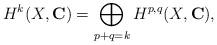
LaTeX: \begin{align*}H^k(X,\mathbf{C})=\bigoplus_{p+q=k}H^{p,q}(X,\mathbf{C}),\end{align*}